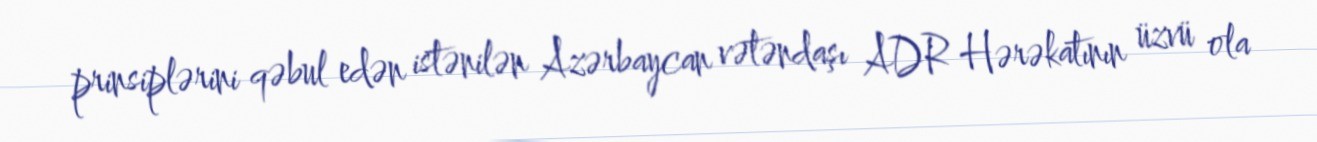
prinsiplərini qəbul edən istənilən Azərbaycan vətəndaşı ADR Hərəkatının üzvü ola